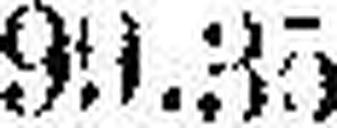
99.35